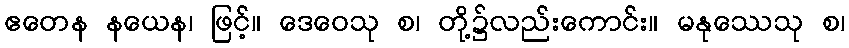
ဧတေန နယေန၊ ဖြင့်။ ဒေဝေသု စ၊ တို့၌လည်းကောင်း။ မနုဿေသု စ၊